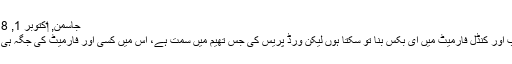
جاسمن, ‏اکتوبر 1, 2018
ای پب اور کنڈل فارمیٹ میں ای بکس بنا تو سکتا ہوں لیکن ورڈ پریس کی جس تھیم میں سمت ہے، اس میں کسی اور فارمیٹ کی جگہ ہی نہیں۔